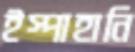
ইস্পাহানি